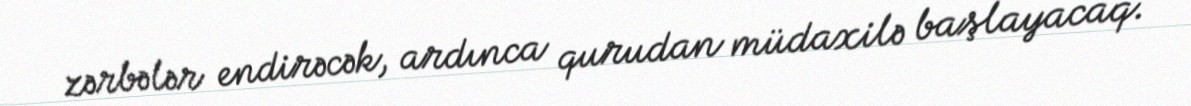
zərbələr endirəcək, ardınca qurudan müdaxilə başlayacaq.